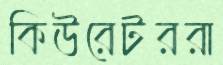
কিউরেটররা